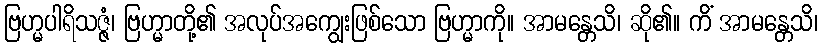
ဗြဟ္မပါရိသဇ္ဇံ၊ ဗြဟ္မာတို့၏ အလုပ်အကျွေးဖြစ်သော ဗြဟ္မာကို။ အာမန္တေသိ၊ ဆို၏။ ကိံ အာမန္တေသိ၊